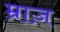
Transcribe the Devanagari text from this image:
म्राज़